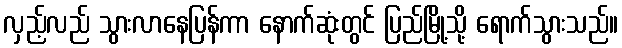
လှည့်လည် သွားလာနေပြန်ကာ နောက်ဆုံးတွင် ပြည်မြို့သို့ ရောက်သွားသည်။